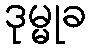
ဒုမ္မုခ